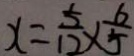
x = \frac { 5 } { 1 2 } \times \frac { 6 } { 5 }